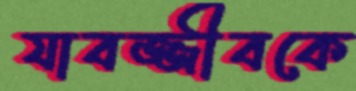
যাবজ্জীবকে